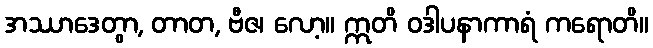
အဿာဒေတွာ, တာတ, ဗီဇ၊ လော့။ ဣတိ ဝဒါပနာကာရံ ကရောတိ။